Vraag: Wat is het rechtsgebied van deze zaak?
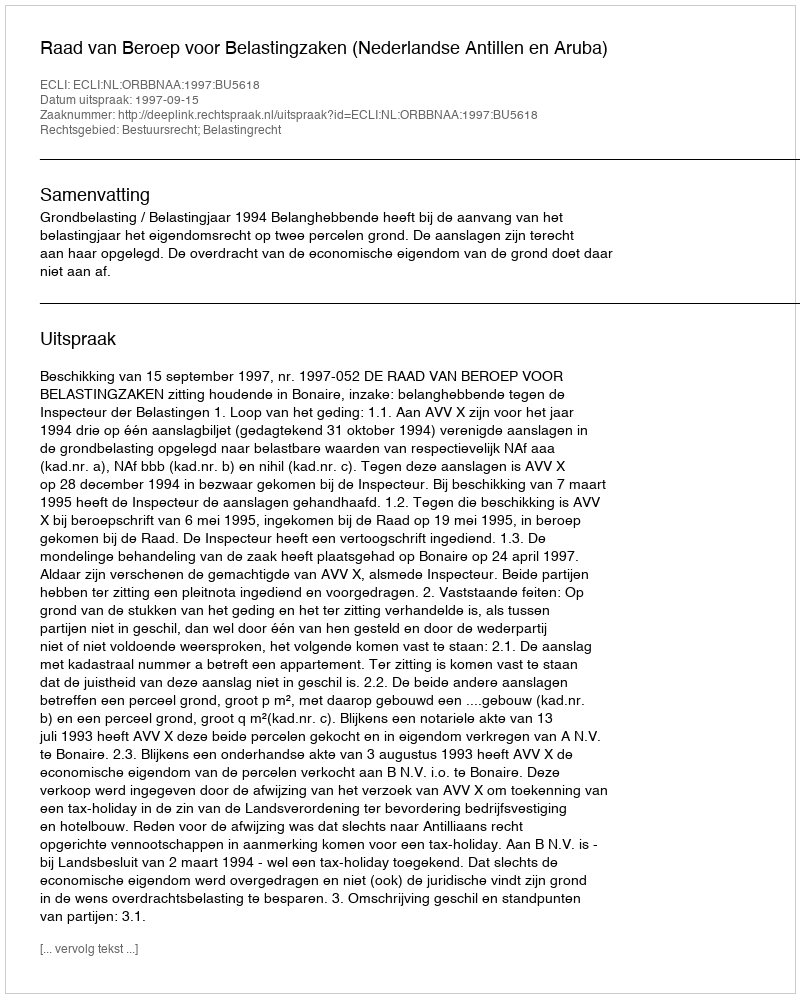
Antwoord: Bestuursrecht; Belastingrecht